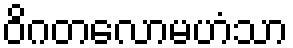
ဝိဂတလောမဟံသာ